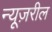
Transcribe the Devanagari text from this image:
न्यूज़रील